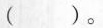
( )。